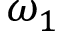
\omega _ { 1 }